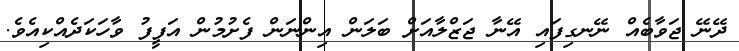
ދޭނޭ ޖަވާބެއް ނޭނގިފައި އޭނާ ޖަޒްލާއަށް ބަލަން އިންނަން ފެށުމުން އަފީފު ވާހަކަދެއްކިއެވެ.